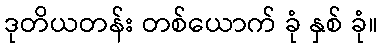
ဒုတိယတန်း တစ်ယောက် ခုံ နှစ် ခုံ။